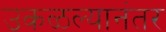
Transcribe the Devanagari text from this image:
उकळल्यानंतर